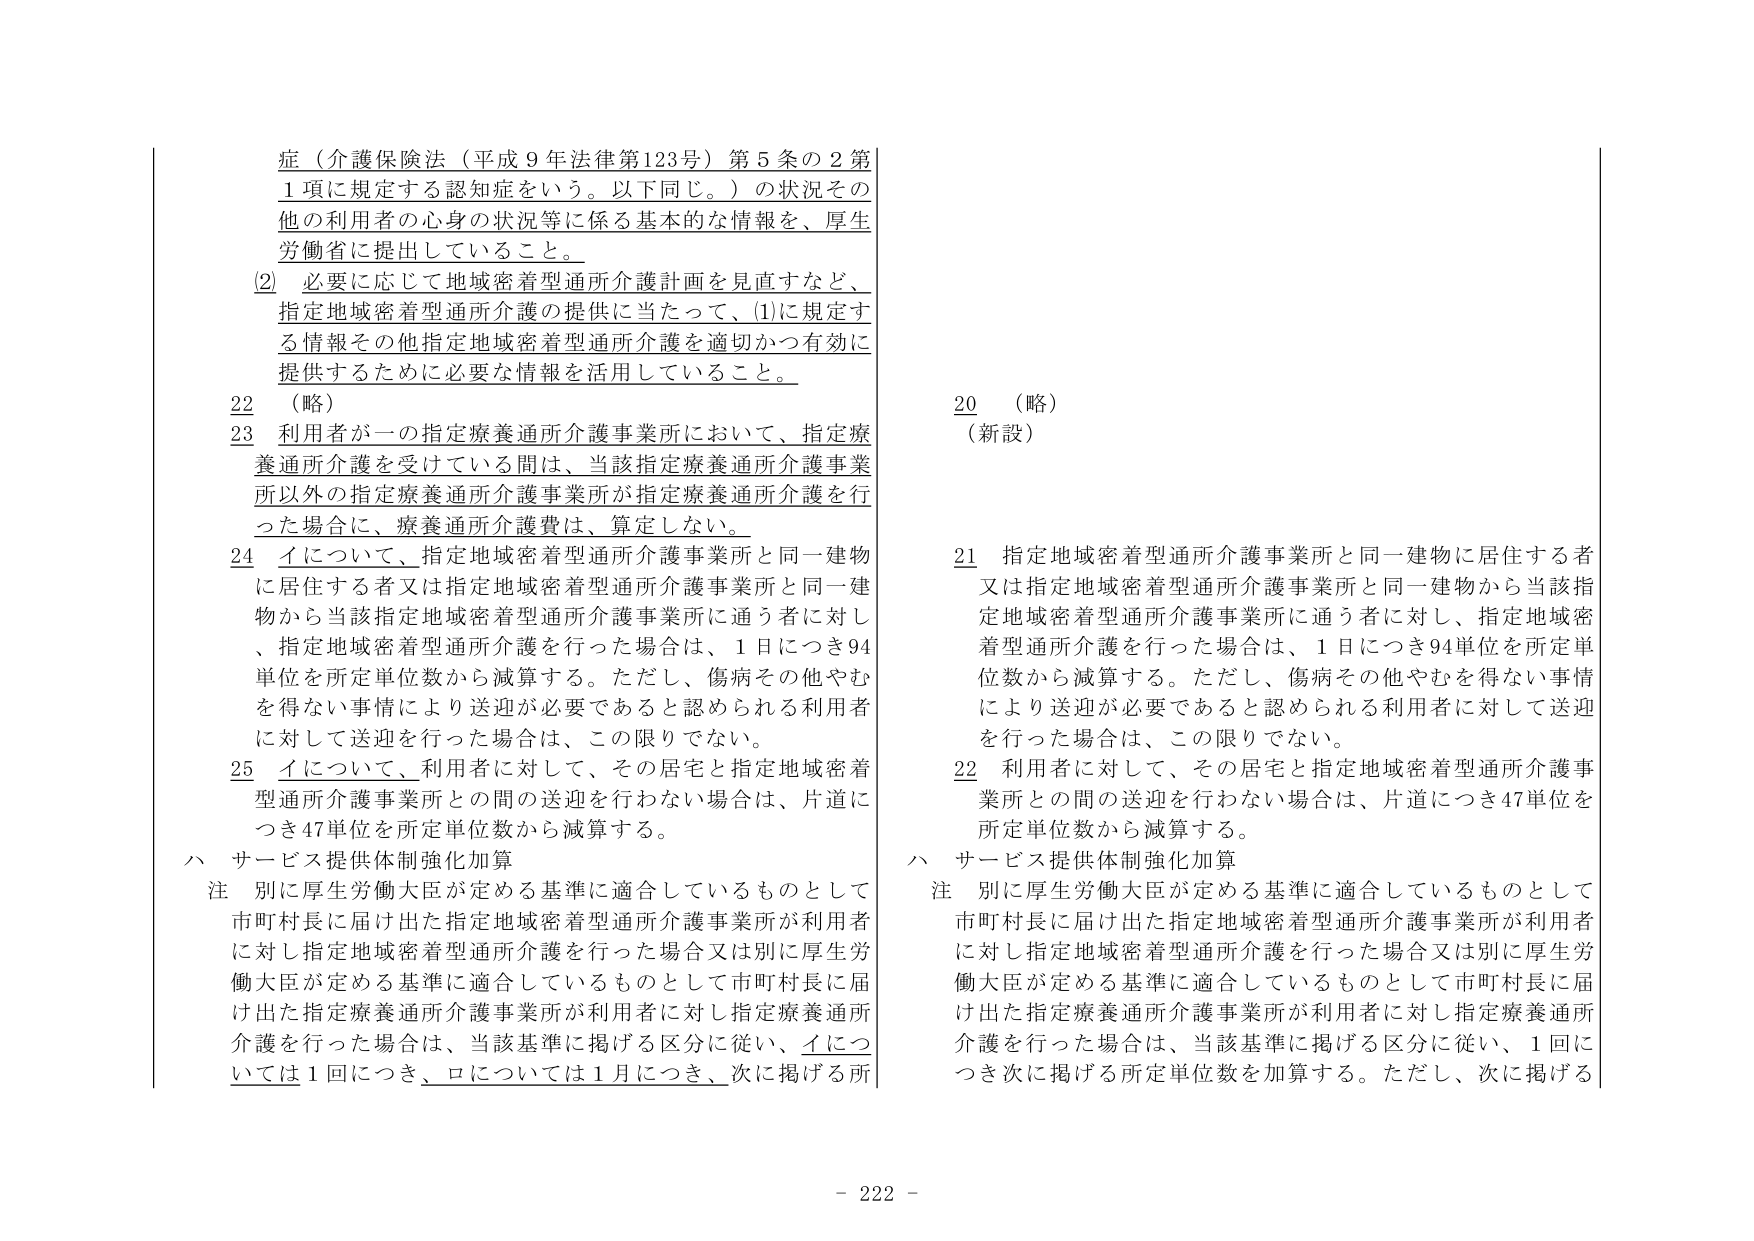
症（介護保険法（平成９年法律第123号）第５条の２第１項に規定する認知症をいう。以下同じ。）の状況その他 の利用者の心身の状況等に係る基本的な情報を、厚生労働省に提出していること。

(2) 必要に応じて地域密着型通所介護計画を見直すなど、指定地域密着型通所介護の提供に当たって、(1)に規定する情報その他指定地域密着型通所介護を適切かつ有効に提供するために必要な情報を活用していること。

22 （略）

23 利用者が一の指定療養通所介護事業所において、指定療養通所介護を受けている間は、当該指定療養通所介護事業所以外の指定療養通所介護事業所が指定療養通所介護を行った場合に、療養通所介護費は、算定しない。

24 イについて、指定地域密着型通所介護事業所と同一建物に居住する者又は指定地域密着型通所介護事業所と同一建物から当該指定地域密着型通所介護事業所に通う者に対し、指定地域密着型通所介護を行った場合は、1日につき94単位を所定単位数から減算する。ただし、傷病その他やむを得ない事情により送迎が必要であると認められる利用者に対して送迎を行った場合は、この限りでない。

25 イについて、利用者に対して、その住宅と指定地域密着型通所介護事業所との間の送迎を行わない場合は、片道につき47単位を所定単位数から減算する。

ハ サービス提供体制強化加算

注 別に厚生労働大臣が定める基準に適合しているものとして市町村長に届け出た指定地域密着型通所介護事業所が利用者に対し指定地域密着型通所介護を行った場合又は別に厚生労働大臣が定める基準に適合しているものとして市町村長に届け出た指定療養通所介護事業所が利用者に対し指定療養通所介護を行った場合は、当該基準に掲げる区分に従い、イについては1回につき、ロについては1月につき、次に掲げる所

20 （略）

（新設）

21 指定地域密着型通所介護事業所と同一建物に居住する者又は指定地域密着型通所介護事業所と同一建物から当該指定地域密着型通所介護事業所に通う者に対し、指定地域密着型通所介護を行った場合は、1日につき94単位を所定単位数から減算する。ただし、傷病その他やむを得ない事情により送迎が必要であると認められる利用者に対して送迎を行った場合は、この限りでない。

22 利用者に対して、その住宅と指定地域密着型通所介護事業所との間の送迎を行わない場合は、片道につき47単位を所定単位数から減算する。

ハ サービス提供体制強化加算

注 別に厚生労働大臣が定める基準に適合しているものとして市町村長に届け出た指定地域密着型通所介護事業所が利用者に対し指定地域密着型通所介護を行った場合又は別に厚生労働大臣が定める基準に適合しているものとして市町村長に届け出た指定療養通所介護事業所が利用者に対し指定療養通所介護を行った場合は、当該基準に掲げる区分に従い、1回につき次に掲げる所定単位数を加算する。ただし、次に掲げる

- 222 -